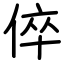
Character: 倅